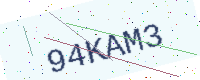
Text: 94KAM3